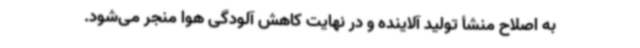
به اصلاح منشأ تولید آلاینده و در نهایت کاهش آلودگی هوا منجر می‌شود.